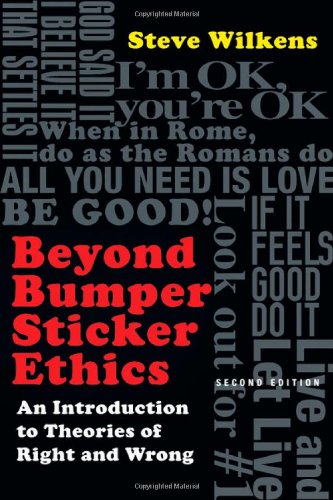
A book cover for Beyond Bumper Sticker Ethics: An Introduction to Theories of Right and Wrong; Steve Wilkens; Christian Books & Bibles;